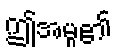
ဤအမှု၏